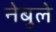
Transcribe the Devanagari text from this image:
नेबुले